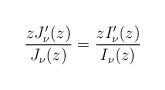
LaTeX: \begin{align*}\frac{zJ'_{\nu}(z)}{J_{\nu}(z)}=\frac{zI'_{\nu}(z)}{I_{\nu}(z)}\end{align*}